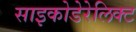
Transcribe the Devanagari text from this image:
साइकोडेरेलिक्ट